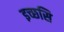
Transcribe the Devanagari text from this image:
इच्छसि